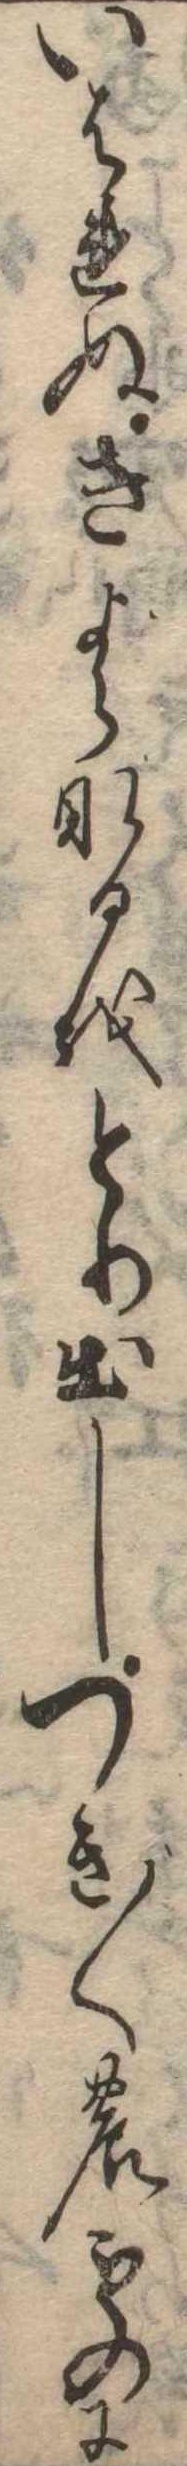
いはれぬきよらなるをとり出しつき〲のものに